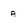
Character: A